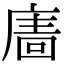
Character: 𢊂